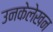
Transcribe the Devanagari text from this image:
उनकेलेखन